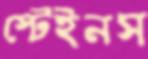
স্টেইনস